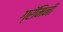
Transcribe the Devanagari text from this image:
ग्रॅमिनी